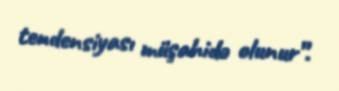
tendensiyası müşahidə olunur”.